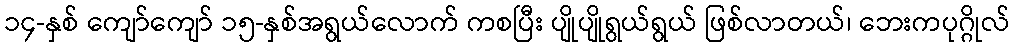
၁၄-နှစ် ကျော်ကျော် ၁၅-နှစ်အရွယ်လောက် ကစပြီး ပျိုပျိုရွယ်ရွယ် ဖြစ်လာတယ်၊ ဘေးကပုဂ္ဂိုလ်